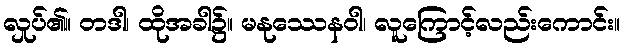
လှုပ်၏။ တဒါ၊ ထိုအခါ၌။ မနုဿေနဝါ၊ လူကြောင့်လည်းကောင်း။